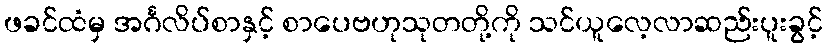
ဖခင်ထံမှ အင်္ဂလိပ်စာနှင့် စာပေဗဟုသုတတို့ကို သင်ယူလေ့လာဆည်းပူးခွင့်